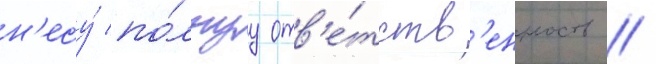
н'есу́ по́лнуу отв'е́тств'енность //